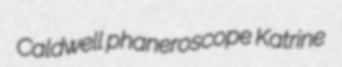
Caldwell phaneroscope Katrine